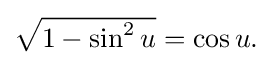
{\textstyle {\sqrt {1-\sin ^{2}u}}=\cos u.}